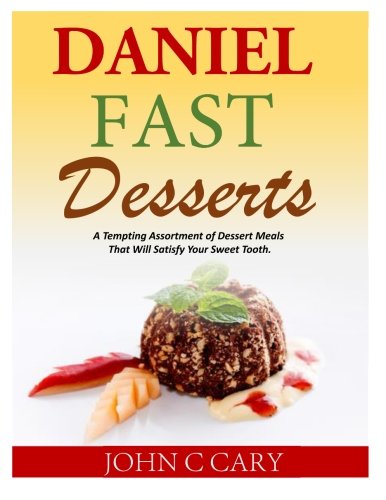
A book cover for Daniel Fast Desserts: A Tempting Assortment of Dessert Meals That Will Satisfy Your Sweet Tooth.; John C Cary; Cookbooks, Food & Wine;